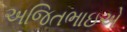
અજિતભાઇએ